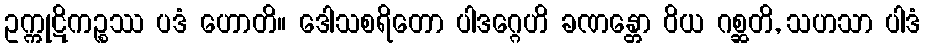
ဥက္ကုဋိကဉ္စဿ ပဒံ ဟောတိ။ ဒေါသစရိတော ပါဒဂ္ဂေဟိ ခဏန္တော ဝိယ ဂစ္ဆတိ, သဟသာ ပါဒံ